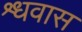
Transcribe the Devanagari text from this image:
श्र्धवास